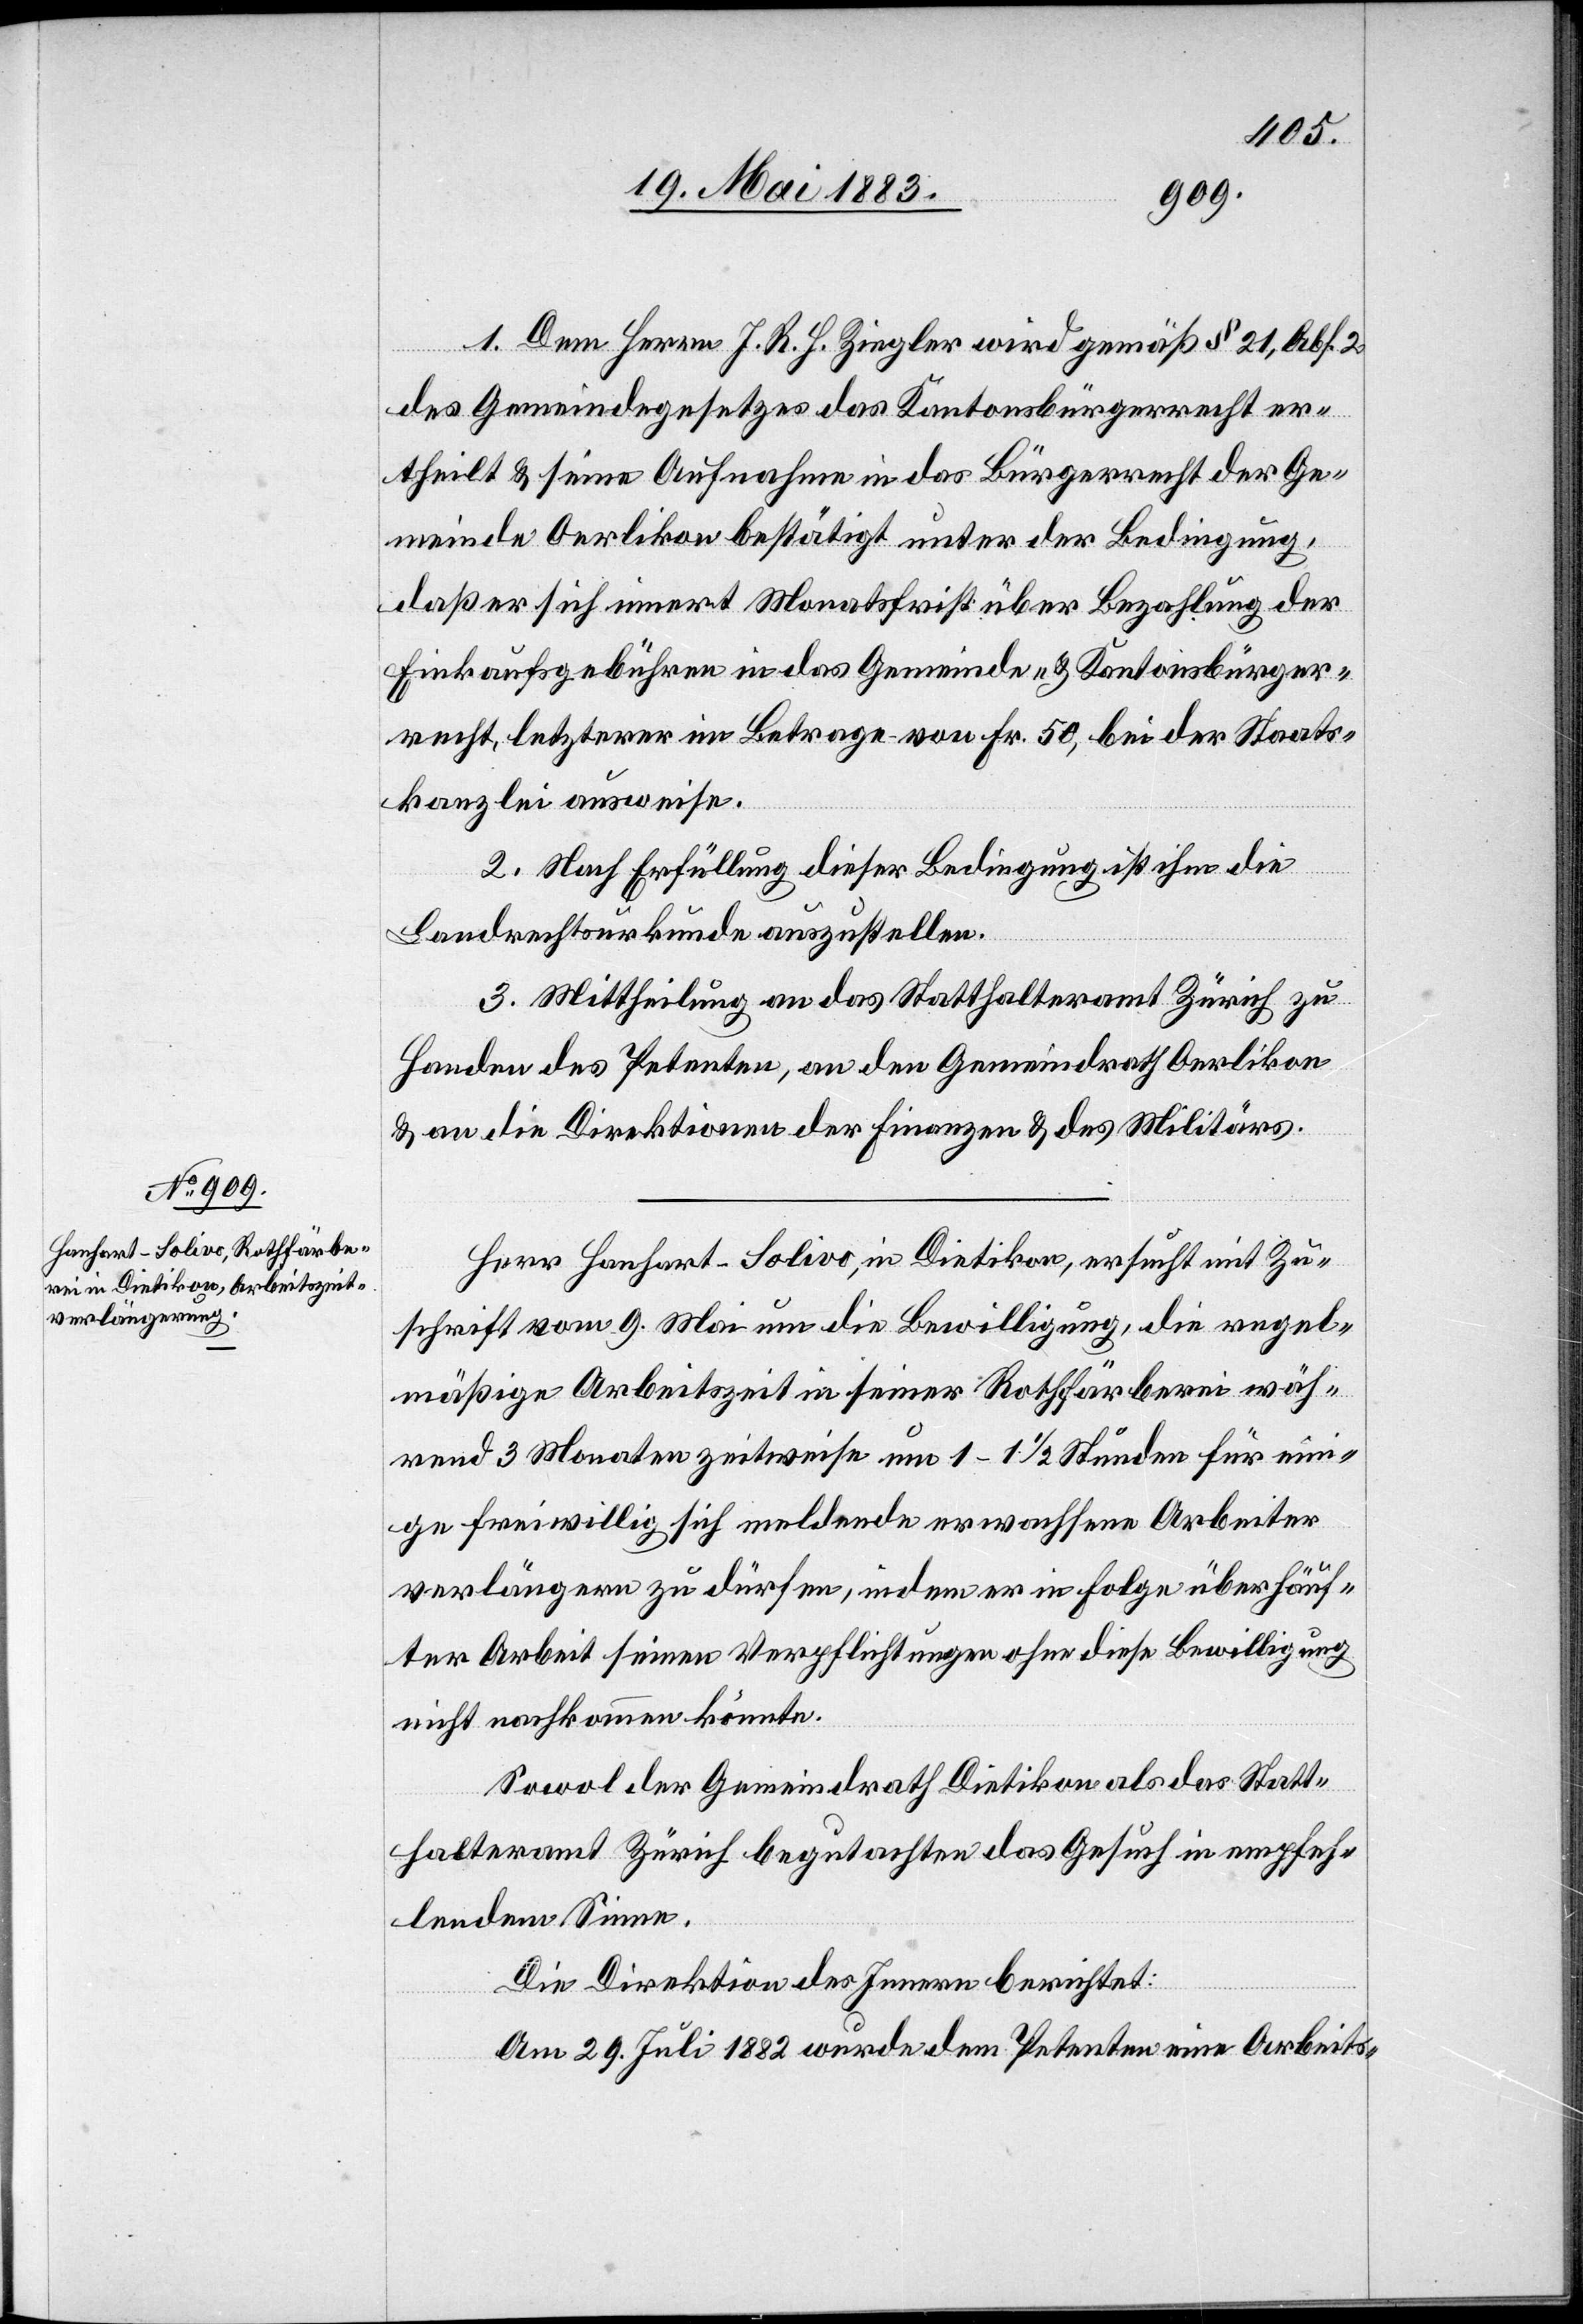
1. Dem Herrn J. R. H. Ziegler wird gemäß § 21, Abs. 2
des Gemeindegesetzes das Kantonsbürgerrecht er¬
theilt & seine Aufnahme in das Bürgerrecht der Ge¬
meinde Oerlikon bestätigt unter der Bedingung,
daß er sich innert Monatsfrist über Bezahlung der
Einkaufsgebühren in das Gemeinde- & Kantonsbürger¬
recht, letzterer im Betrage von Fr. 50, bei der Staats¬
kanzlei ausweise.
2. Nach Erfüllung dieser Bedingung ist ihm die
Landrechtsurkunde auszustellen.
3. Mittheilung an das Statthalteramt Zürich zu
Handen des Petenten, an den Gemeindrath Oerlikon
& an die Direktionen der Finanzen & des Militärs.
Herr Hanhart-Solivo, in Dietikon, ersucht mit Zu¬
schrift vom 9. Mai um die Bewilligung, die regel¬
mäßige Arbeitszeit in seiner Rothfärberei wäh¬
rend 3 Monaten zeitweise um 1–1 1/2 Stunden für ein¬
ige freiwillig sich meldende erwachsene Arbeiter
verlängern zu dürfen, indem er in Folge überhäuf¬
ter Arbeit seinen Verpflichtungen ohne diese Bewilligung
nicht nachkommen könnte.
Sowol der Gemeindrath Dietikon als das Statt¬
halteramt Zürich begutachten das Gesuch in empfeh¬
lendem Sinne.
Die Direktion des Innern berichtet:
Am 29. Juli 1882 wurde dem Petenten eine Arbeits-